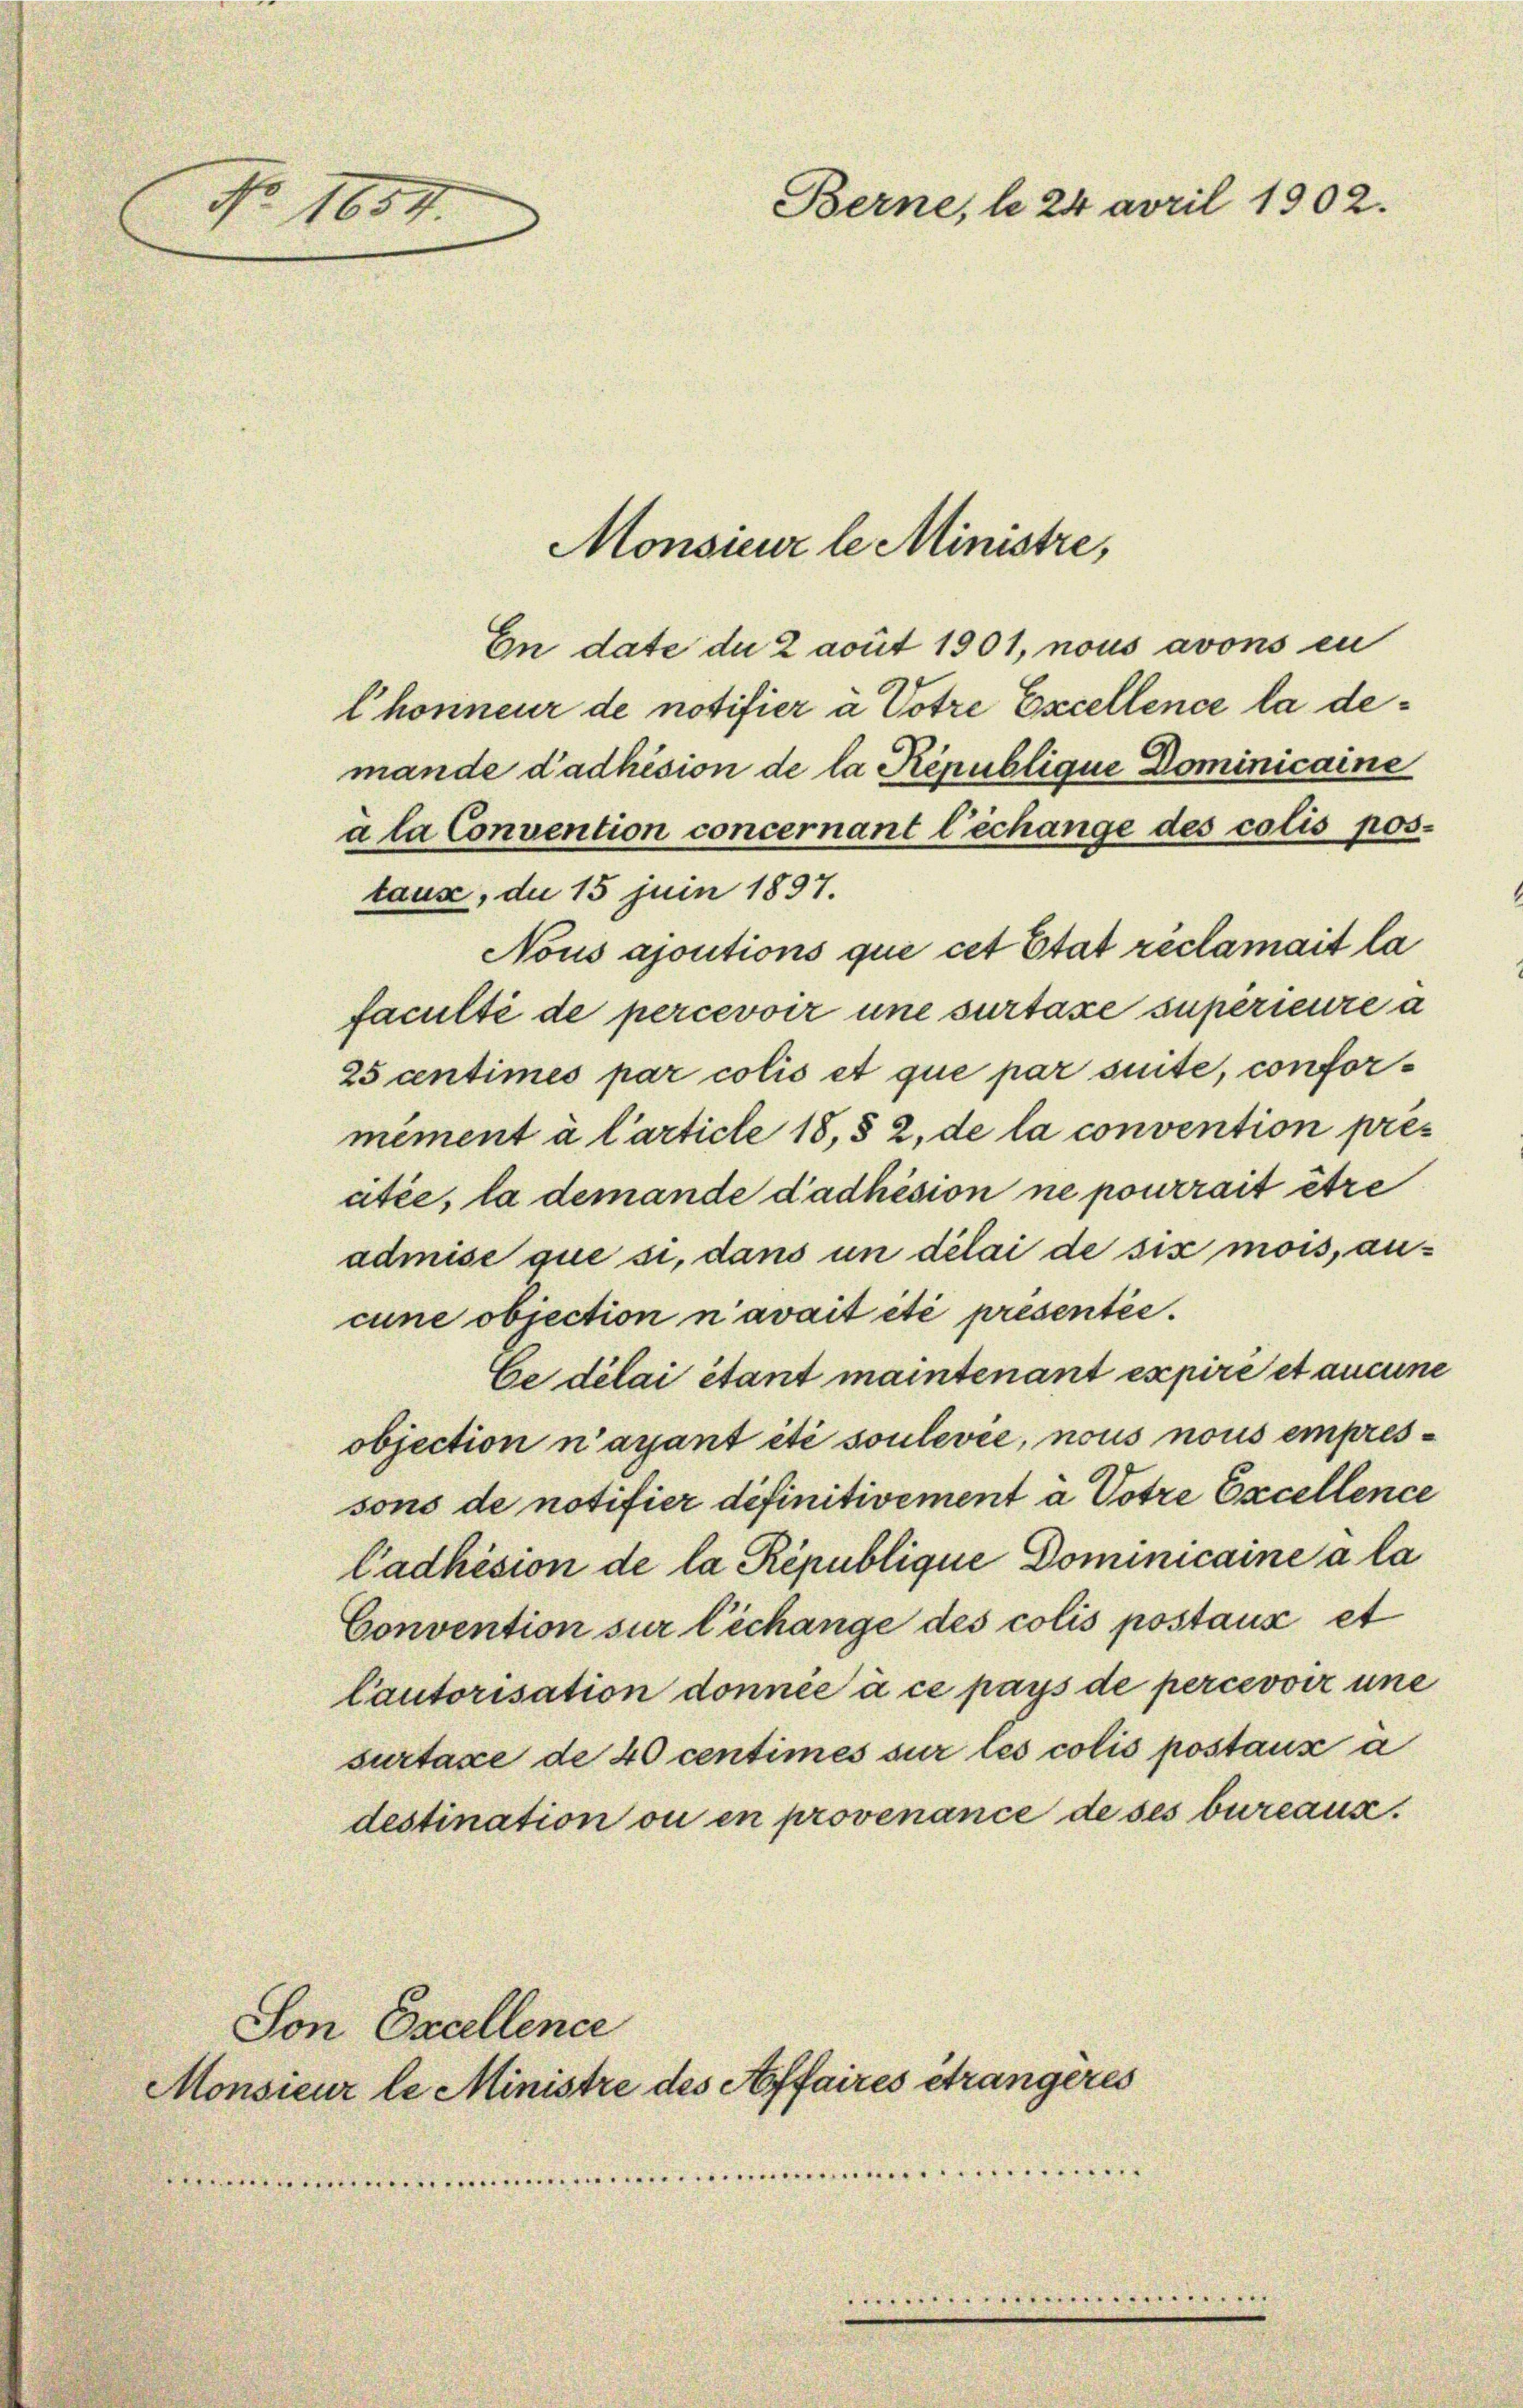
No 1654.

Monsieur le Ministre,
En date du 2 avut 1901, nous avons in
lhonneur de notifier à Votre Excellence la demande dadhésion de la République Dominicaine
ála Convention concernant l’échange des colis pos.
tause, du 15 juin 1897.
Nous ajoutions que cet Etat réclamait la
faculté de percevoir une surtaxe supérieure a
25 centimes par colis et que par suite, conformement à l’article 18, § 2, de la convention pres
citée, la demande dadhésion ne pourrait être
admise que si, dans un délai de six mois, ancune objection n’avait été presentée.
Ce délai étant maintenant expire et aucune
objection n’ayant été soulevée, nous nous empressons de notifier definitivement à Votre Excellence
Cadhésion de la République Dominicaine a la
Convention sur l’échange des colis postanz et
Cautorisation donnée à ce pays de percevoir une
surtaxe de 40 centimes sur les colis postanz a
destination ou en provenance de ses bureaux

Son Excellence

Monsieur le Ministre des Affaires étrangeres

Berne, le 24 april 1902.

.................